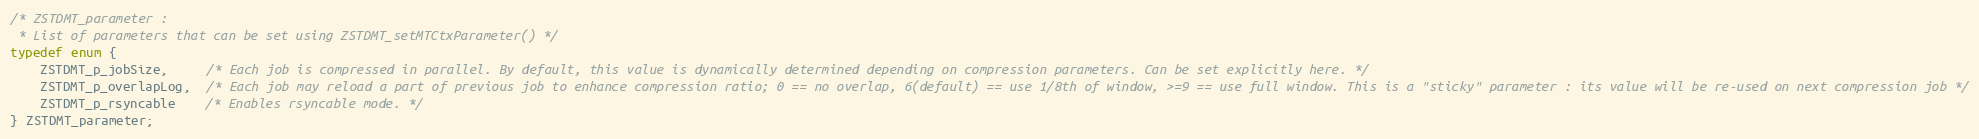
Language: C
/* ZSTDMT_parameter :
 * List of parameters that can be set using ZSTDMT_setMTCtxParameter() */
typedef enum {
    ZSTDMT_p_jobSize,     /* Each job is compressed in parallel. By default, this value is dynamically determined depending on compression parameters. Can be set explicitly here. */
    ZSTDMT_p_overlapLog,  /* Each job may reload a part of previous job to enhance compression ratio; 0 == no overlap, 6(default) == use 1/8th of window, >=9 == use full window. This is a "sticky" parameter : its value will be re-used on next compression job */
    ZSTDMT_p_rsyncable    /* Enables rsyncable mode. */
} ZSTDMT_parameter;